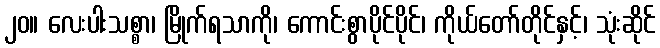
၂၀။ လေးပါးသစ္စာ၊ မြိုက်ရသာကို၊ ကောင်းစွာပိုင်ပိုင်၊ ကိုယ်တော်တိုင်နှင့်၊ သုံးဆိုင်